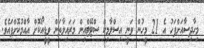
މިހާދިސާއަށްފަހު އެ 21 މީހުން ވަނީ އިސްލާމިކް ސްޓޭޓްއިން މަރައިލާތަން ވީޑީއޯކޮށް އާއްމުކޮށްފައެވެ.